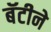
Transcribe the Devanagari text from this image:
बॅटीने